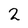
Character: 2